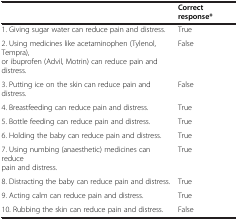
|  | Correct response* |
 | --- | --- |
 | 1. Giving sugar water can reduce pain and distress. | True |
 | 2. Using medicines like acetaminophen (Tylenol, Tempra), or ibuprofen (Advil, Motrin) can reduce pain and distress. | False |
 | 3. Putting ice on the skin can reduce pain and distress. | False |
 | 4. Breastfeeding can reduce pain and distress. | True |
 | 5. Bottle feeding can reduce pain and distress. | True |
 | 6. Holding the baby can reduce pain and distress. | True |
 | 7. Using numbing (anaesthetic) medicines can reduce pain and distress. | True |
 | 8. Distracting the baby can reduce pain and distress. | True |
 | 9. Acting calm can reduce pain and distress. | True |
 | 10. Rubbing the skin can reduce pain and distress. | False |